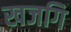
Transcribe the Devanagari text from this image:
खजगि